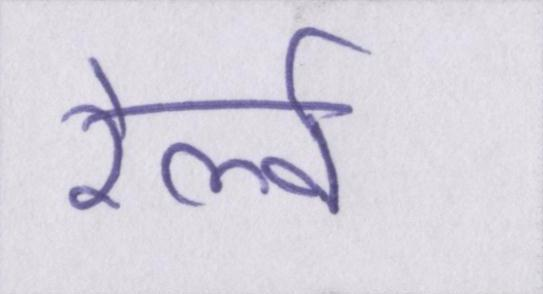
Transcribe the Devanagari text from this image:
रेल्वे